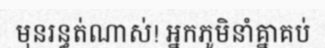
មុនរន្ធត់ណាស់! អ្នកភូមិនាំគ្នាគប់